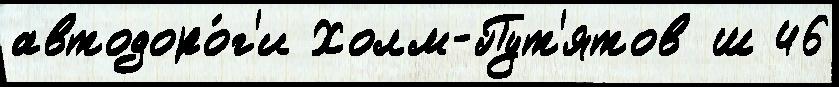
автодоро́г'и Холм-Пут'ятов ш 46